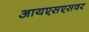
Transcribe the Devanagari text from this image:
आयएसएसवर